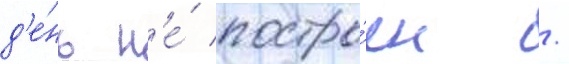
д'е́нь н'е́ постро́ен /